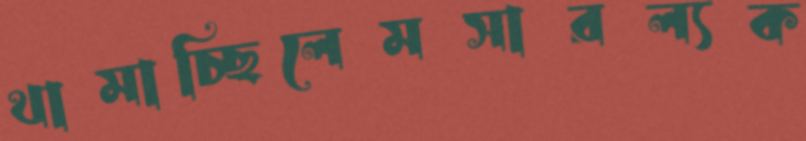
থামাচ্ছিলেমসারল্যক